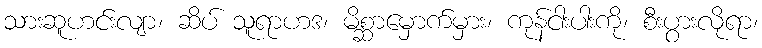
သားဆူဟင်းလျာ၊ ဆိပ် သူရာဟဒ၊ မိစ္ဆာမှောက်မှား၊ ကုန်ငါးပါးကို၊ စီးပွားလိုရာ၊